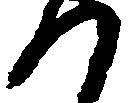
つ